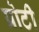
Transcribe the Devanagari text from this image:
प्रोटी